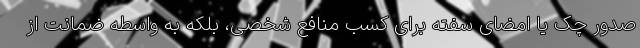
صدور چک یا امضای سفته برای کسب منافع شخصی، بلکه به واسطه ضمانت از